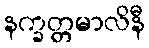
နက္ခတ္တမာလိနီ